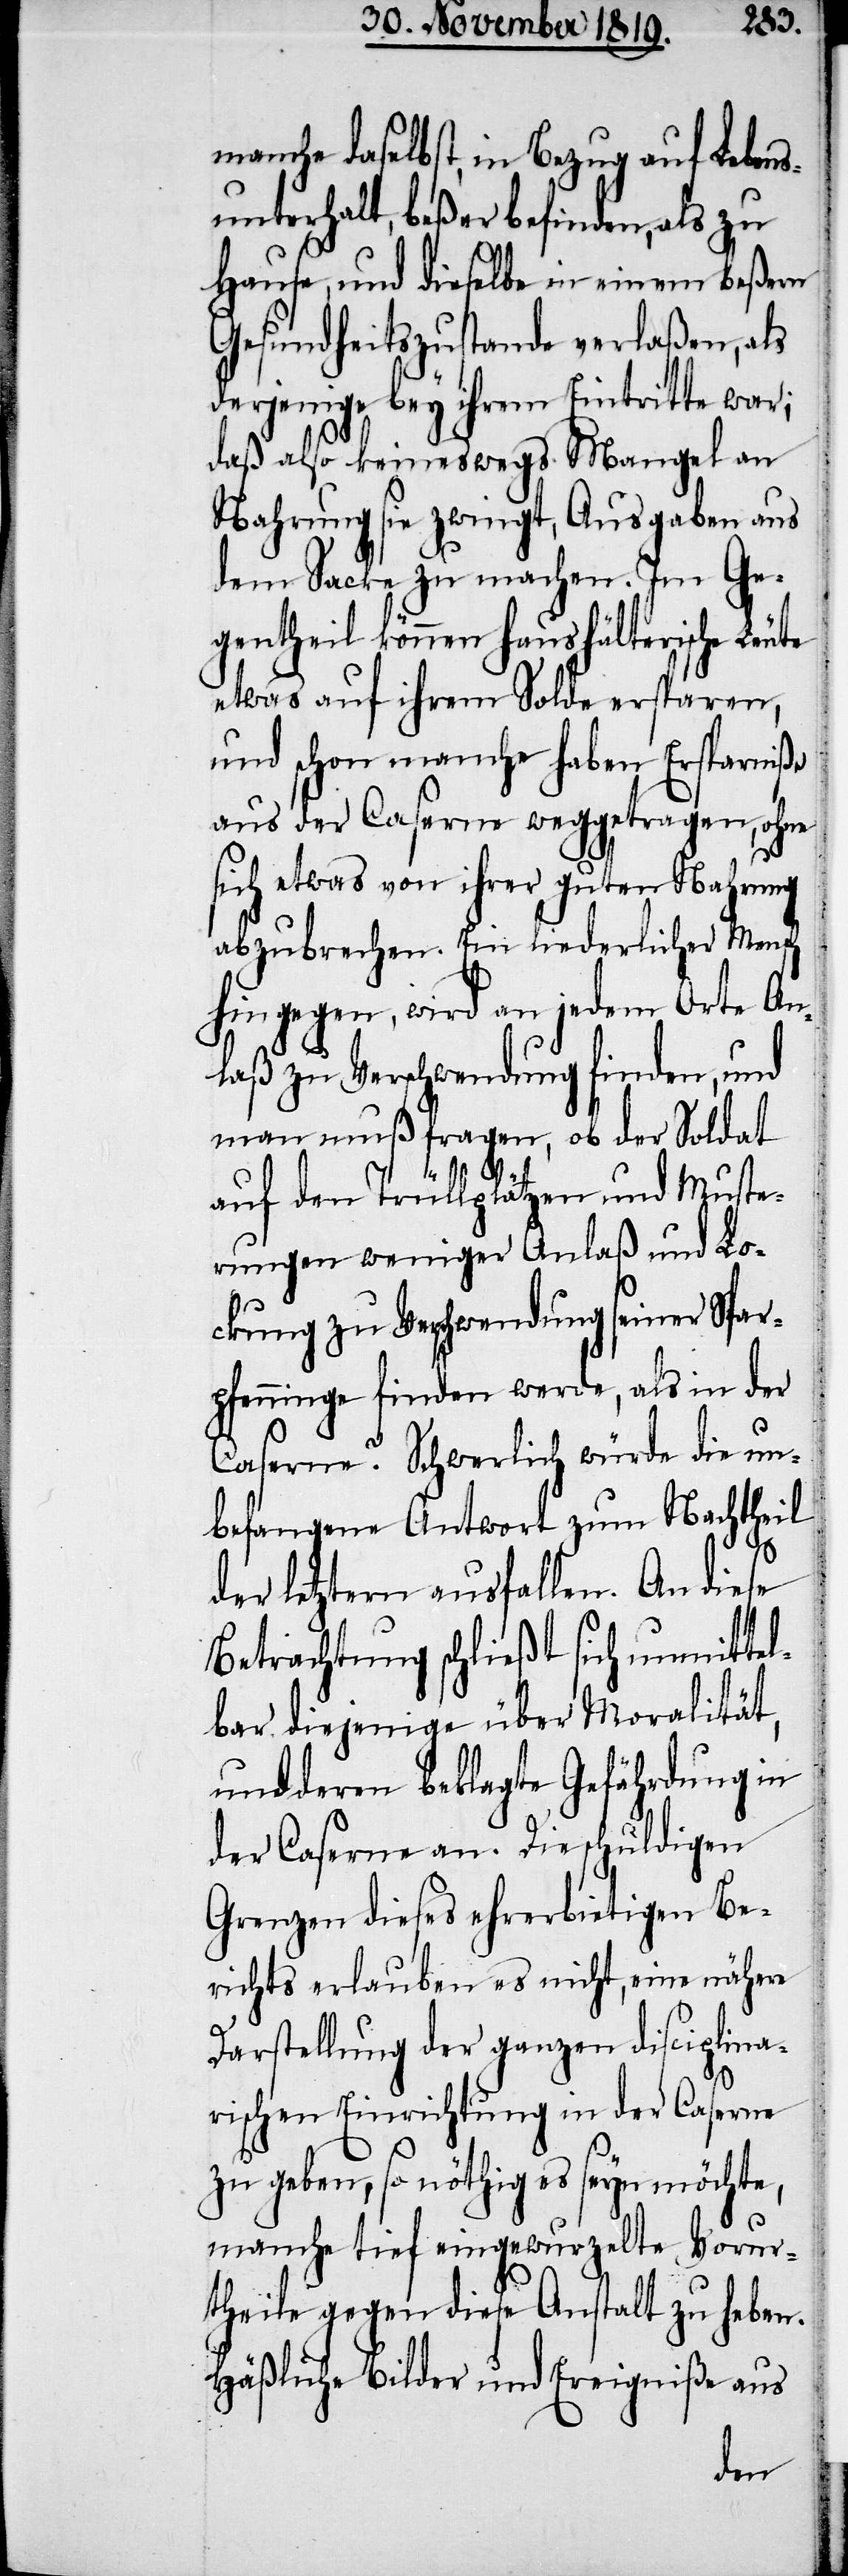
manche daselbst, in Bezug auf Lebens¬
unterhalt, beßer befinden, als zu
Hause, und dieselbe in einem beßern
Gesundheitszustande verlaßen, als
derjenige bey ihrem Eintritte war;
daß also keineswegs Mangel an
Nahrung sie zwingt, Ausgaben aus
dem Sacke zu machen. Im Ge¬
gentheil können haushälterische Leute
etwas auf ihrem Solde ersparen,
und schon manche haben Ersparniße
aus der Caserne weggetragen, ohne
sich etwas von ihrer guten Nahrung
abzubrechen. Ein liederlicher Mensch
hingegen, wird an jedem Orte An¬
laß zu Verschwendung finden, und
man muß fragen, ob der Soldat
auf den Trüllplätzen und Muste¬
rungen weniger Anlaß und Lo¬
ckung zu Verschwendung seiner Spar¬
pfenninge finden werde, als in der
Caserne? Schwerlich würde die un¬
befangene Antwort zum Nachtheil
der letztern ausfallen. An diese
Betrachtung schließt sich unmittel¬
bar diejenige über Moralität,
und deren beklagte Gefährdung in
der Caserne an. Die schuldigen
Grenzen dieses ehrerbietigen Be¬
richts erlauben es nicht, eine nähere
Darstellung der ganzen disciplina¬
rischen Einrichtung in der Caserne
zu geben, so nöthig es seyn möchte,
manche tief eingewurzelte Vorur¬
theile gegen diese Anstalt zu haben.
Häßliche Bilder und Ereigniße aus